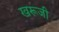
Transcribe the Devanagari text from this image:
खरूजी